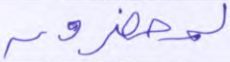
لمحضرون